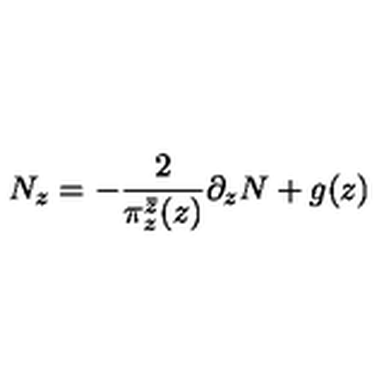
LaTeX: N _ { z } = - \frac { 2 } { \pi _ { z } ^ { \bar { z } } ( z ) } \partial _ { z } N + g ( z )